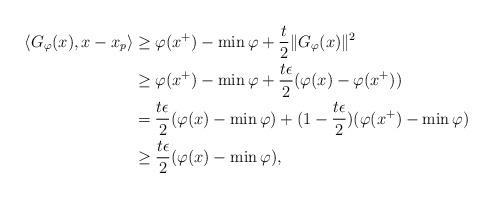
LaTeX: \begin{align*} \langle G_{\varphi}(x), x-x_p \rangle & \geq \varphi(x^+)-\min \varphi +\frac{t}{2}\|G_{\varphi}(x)\|^2\\ &\geq \varphi(x^+)-\min \varphi +\frac{t\epsilon}{2}(\varphi(x)-\varphi(x^+)) \\ &= \frac{t\epsilon}{2}(\varphi(x)-\min \varphi)+(1-\frac{t\epsilon}{2})(\varphi(x^+)-\min \varphi)\\ &\geq \frac{t\epsilon}{2}(\varphi(x)-\min \varphi),\end{align*}